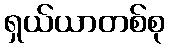
ရှယ်ယာတစ်စု